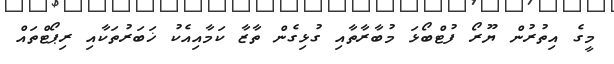
މީގެ އިތުރުން ޔޫރޯ ފުޓްބޯޅަ މުބާރާތާއި ގުޅިގެން ތާޒާ ކަމާއިއެކު ޚަބަރުތަކާއި ރިޕޯޓްތައް